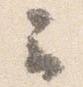
云